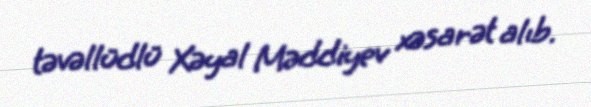
təvəllüdlü Xəyal Məddiyev xəsarət alıb.